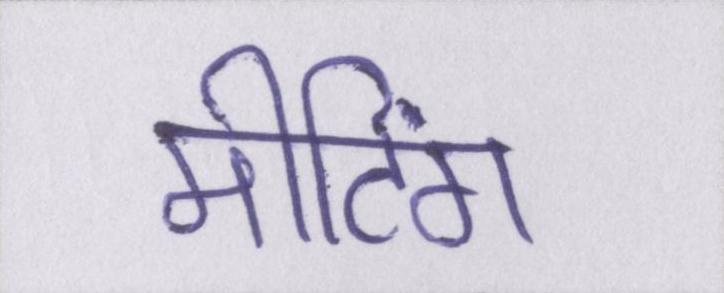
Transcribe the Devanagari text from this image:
मीटिंग